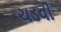
ચડવી